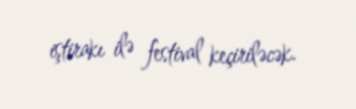
iştirakı ilə festival keçiriləcək.